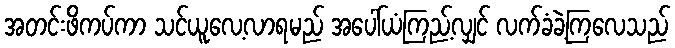
အတင်းဖိကပ်ကာ သင်ယူလေ့လာရမည် အပေါ်ယံကြည့်လျှင် လက်ခံခဲ့ကြလေသည်